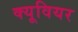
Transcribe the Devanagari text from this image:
क्यूवियर